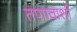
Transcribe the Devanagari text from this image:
तणावाशी